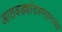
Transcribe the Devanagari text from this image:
आठवड्यांदरम्यानच्या